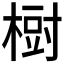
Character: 𣗳